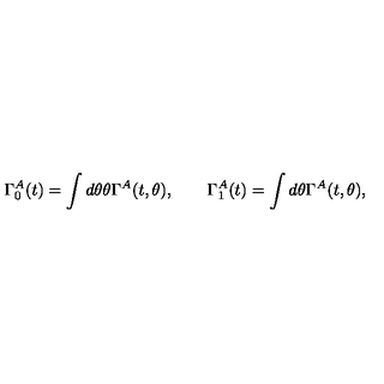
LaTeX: \Gamma _ { 0 } ^ { A } ( t ) = \int d \theta \theta \Gamma ^ { A } ( t , \theta ) , \qquad \Gamma _ { 1 } ^ { A } ( t ) = \int d \theta \Gamma ^ { A } ( t , \theta ) ,